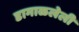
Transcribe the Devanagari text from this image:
डागाळलेली